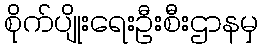
စိုက်ပျိုးရေးဦးစီးဌာနမှ